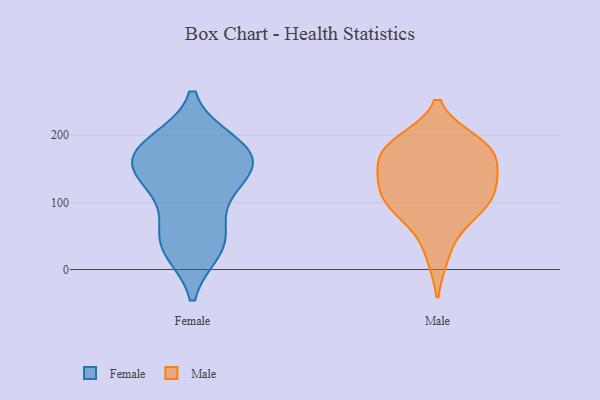
{"axis": {"x": "Active Users", "y": "Value"}, "legend": ["Female", "Male"], "data": [{"x": "", "y": 114, "type": "Female"}, {"x": "", "y": 152, "type": "Female"}, {"x": "", "y": 185, "type": "Female"}, {"x": "", "y": 163, "type": "Female"}, {"x": "", "y": 43, "type": "Female"}, {"x": "", "y": 127, "type": "Female"}, {"x": "", "y": 180, "type": "Female"}, {"x": "", "y": 189, "type": "Female"}, {"x": "", "y": 30, "type": "Female"}, {"x": "", "y": 32, "type": "Female"}, {"x": "", "y": 146, "type": "Female"}, {"x": "", "y": 167, "type": "Female"}, {"x": "", "y": 65, "type": "Female"}, {"x": "", "y": 167, "type": "Male"}, {"x": "", "y": 190, "type": "Male"}, {"x": "", "y": 122, "type": "Male"}, {"x": "", "y": 184, "type": "Male"}, {"x": "", "y": 85, "type": "Male"}, {"x": "", "y": 118, "type": "Male"}, {"x": "", "y": 148, "type": "Male"}, {"x": "", "y": 186, "type": "Male"}, {"x": "", "y": 74, "type": "Male"}, {"x": "", "y": 176, "type": "Male"}, {"x": "", "y": 96, "type": "Male"}, {"x": "", "y": 21, "type": "Male"}, {"x": "", "y": 110, "type": "Male"}, {"x": "", "y": 140, "type": "Male"}]}